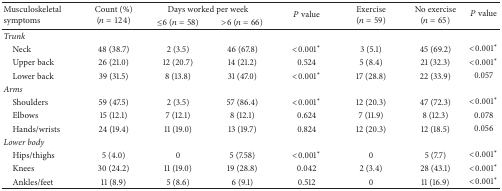
<table><thead><tr><td rowspan="2"><b>Musculoskeletal symptoms</b></td><td rowspan="2"><b>Count (%)(<i>n</i> = 124)</b></td><td colspan="2"><b>Days worked per week</b></td><td rowspan="2"><b><i>P</i> value</b></td><td rowspan="2"><b>Exercise (<i>n</i> = 59)</b></td><td rowspan="2"><b>No exercise (<i>n</i> = 65)</b></td><td rowspan="2"><b><i>P</i> value</b></td></tr><tr><td><b>≤6 (<i>n</i> = 58)</b></td><td><b>&gt;6 (<i>n</i> = 66)</b></td></tr></thead><tbody><tr><td><i>Trunk</i></td><td> </td><td> </td><td> </td><td> </td><td> </td><td> </td><td> </td></tr><tr><td> Neck</td><td>48 (38.7)</td><td>2 (3.5)</td><td>46 (67.8)</td><td>&lt;0.001<sup><i>∗</i></sup></td><td>3 (5.1)</td><td>45 (69.2)</td><td>&lt;0.001<sup><i>∗</i></sup></td></tr><tr><td> Upper back</td><td>26 (21.0)</td><td>12 (20.7)</td><td>14 (21.2)</td><td>0.524</td><td>5 (8.4)</td><td>21 (32.3)</td><td>&lt;0.001<sup><i>∗</i></sup></td></tr><tr><td> Lower back</td><td>39 (31.5)</td><td>8 (13.8)</td><td>31 (47.0)</td><td>&lt;0.001<sup><i>∗</i></sup></td><td>17 (28.8)</td><td>22 (33.9)</td><td>0.057</td></tr><tr><td><i>Arms</i></td><td> </td><td> </td><td> </td><td> </td><td> </td><td> </td><td> </td></tr><tr><td> Shoulders</td><td>59 (47.5)</td><td>2 (3.5)</td><td>57 (86.4)</td><td>&lt;0.001<sup><i>∗</i></sup></td><td>12 (20.3)</td><td>47 (72.3)</td><td>&lt;0.001<sup><i>∗</i></sup></td></tr><tr><td> Elbows</td><td>15 (12.1)</td><td>7 (12.1)</td><td>8 (12.1)</td><td>0.624</td><td>7 (11.9)</td><td>8 (12.3)</td><td>0.078</td></tr><tr><td> Hands/wrists</td><td>24 (19.4)</td><td>11 (19.0)</td><td>13 (19.7)</td><td>0.824</td><td>12 (20.3)</td><td>12 (18.5)</td><td>0.056</td></tr><tr><td><i>Lower body</i></td><td> </td><td> </td><td> </td><td> </td><td> </td><td> </td><td> </td></tr><tr><td> Hips/thighs</td><td>5 (4.0)</td><td>0</td><td>5 (7.58)</td><td>&lt;0.001<sup><i>∗</i></sup></td><td>0</td><td>5 (7.7)</td><td>&lt;0.001<sup><i>∗</i></sup></td></tr><tr><td> Knees</td><td>30 (24.2)</td><td>11 (19.0)</td><td>19 (28.8)</td><td>0.042</td><td>2 (3.4)</td><td>28 (43.1)</td><td>&lt;0.001<sup><i>∗</i></sup></td></tr><tr><td> Ankles/feet</td><td>11 (8.9)</td><td>5 (8.6)</td><td>6 (9.1)</td><td>0.512</td><td>0</td><td>11 (16.9)</td><td>&lt;0.001<sup><i>∗</i></sup></td></tr></tbody></table>